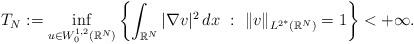
LaTeX: \begin{align*}T_N:=\inf_{u\in W^{1,2}_0(\mathbb{R}^N)}\left\{\int_{\mathbb{R}^N}|\nabla v|^2\,dx\ :\ \|v\|_{L^{2^*}(\mathbb{R}^N)}=1\right\}<+\infty.\end{align*}